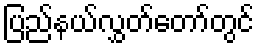
ပြည်နယ်လွှတ်တော်တွင်